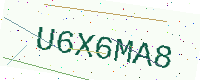
Text: U6X6MA8